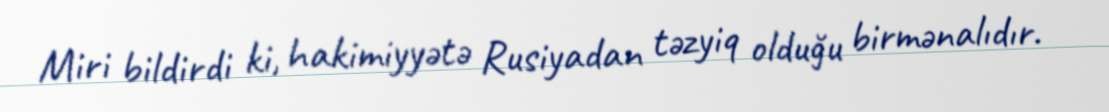
Miri bildirdi ki, hakimiyyətə Rusiyadan təzyiq olduğu birmənalıdır.